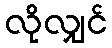
လိုလျှင်